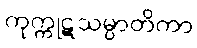
ကုက္ကုဋသမ္ပာတိကာ